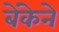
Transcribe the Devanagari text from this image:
बेंकेने